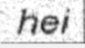
hei